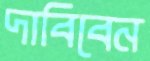
দাবিবেন